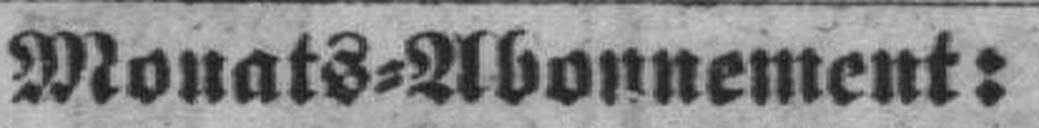
Monats=Abonnement: